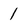
Character: 1